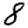
Digit: 8